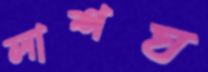
লাশঘ